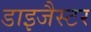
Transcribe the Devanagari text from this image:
डाइजैस्टर